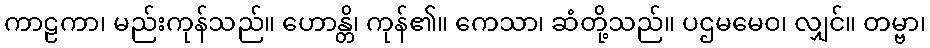
ကာဠကာ၊ မည်းကုန်သည်။ ဟောန္တိ၊ ကုန်၏။ ကေသာ၊ ဆံတို့သည်။ ပဌမမေဝ၊ လျှင်။ တမ္ဗာ၊